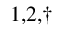
^ { 1 , 2 , \dagger }